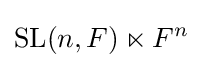
\operatorname {SL} (n,F)\ltimes F^{n}